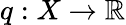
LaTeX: q:X\to\mathbb{R}